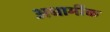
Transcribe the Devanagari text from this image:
अधार्मीक